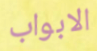
الابواب